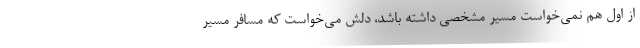
از اول هم نمي‌خواست مسير مشخصي داشته باشد، دلش مي‌خواست كه مسافر مسير